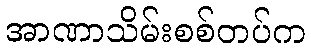
အာဏာသိမ်းစစ်တပ်က